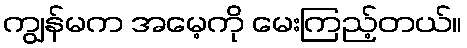
ကျွန်မက အမေ့ကို မေးကြည့်တယ်။